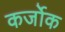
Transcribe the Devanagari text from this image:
कर्जोक